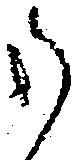
御